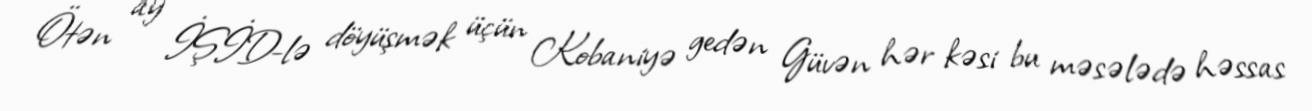
Ötən ay İŞİD-lə döyüşmək üçün Kobaniyə gedən Güvən hər kəsi bu məsələdə həssas